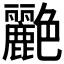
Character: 𬜟